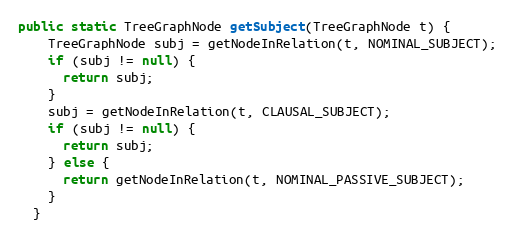
Language: Java
public static TreeGraphNode getSubject(TreeGraphNode t) {
    TreeGraphNode subj = getNodeInRelation(t, NOMINAL_SUBJECT);
    if (subj != null) {
      return subj;
    }
    subj = getNodeInRelation(t, CLAUSAL_SUBJECT);
    if (subj != null) {
      return subj;
    } else {
      return getNodeInRelation(t, NOMINAL_PASSIVE_SUBJECT);
    }
  }